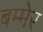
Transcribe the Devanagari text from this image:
बम्मेर